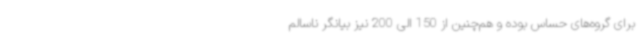
برای گروه‌های حساس بوده و هم‌چنین از 150 الی 200 نیز بیانگر ناسالم